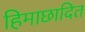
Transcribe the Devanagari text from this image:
हिमाछादित